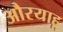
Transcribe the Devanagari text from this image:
औरयाहू